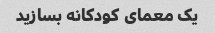
یک معمای کودکانه بسازید